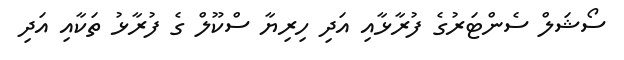
ސޯޝަލް ސެންޓަރުގެ ފުރާޅާއި އަދި ހިރިޔާ ސްކޫލް ގެ ފުރާޅު ތަކާއި އަދި